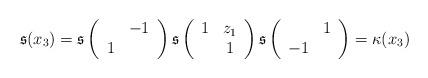
LaTeX: \begin{align*}\mathfrak{s}(x_3)=\mathfrak{s}\left(\begin{array}{cc}&-1\\1&\end{array}\right)\mathfrak{s}\left(\begin{array}{cc}1&z_1\\&1\end{array}\right)\mathfrak{s}\left(\begin{array}{cc}&1\\-1&\end{array}\right)=\kappa(x_3)\end{align*}